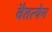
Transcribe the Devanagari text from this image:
वैतत्येन